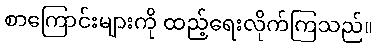
စာကြောင်းများကို ထည့်ရေးလိုက်ကြသည်။